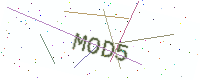
Text: MOD5